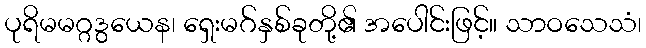
ပုရိမမဂ္ဂဒွယေန၊ ရှေးမဂ်နှစ်ခုတို့၏ အပေါင်းဖြင့်။ သာဝသေသံ၊